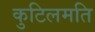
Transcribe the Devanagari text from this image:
कुटिलमति